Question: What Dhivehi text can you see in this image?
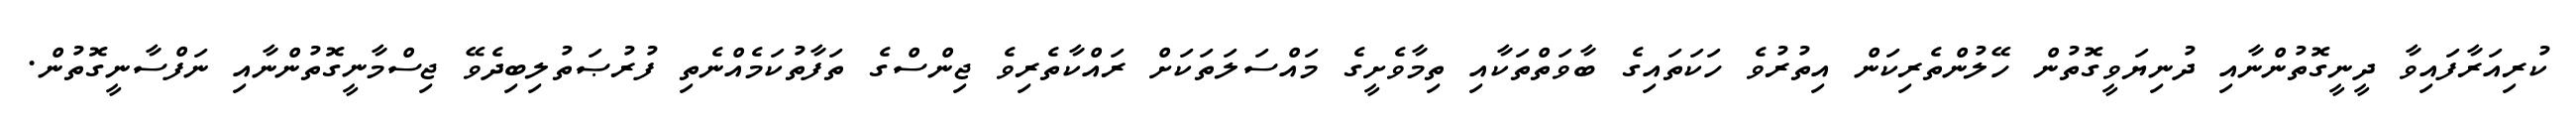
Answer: ކުރިއަރާފައިވާ ދީނީގޮތުންނާއި ދުނިޔަވީގޮތުން ހޭލުންތެރިކަން އިތުރުވެ ހަކަތައިގެ ބާވަތްތަކާއި ތިމާވެށީގެ މައްސަލަތަކަށް ރައްކާތެރިވެ ޖިންސްގެ ތަފާތުކަމެއްނެތި ފުރުޞަތުލިބިދެވޭ ޖިސްމާނީގޮތުންނާއި ނަފްސާނީގޮތުން.